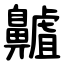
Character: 齇